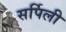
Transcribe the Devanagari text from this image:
सर्पिली